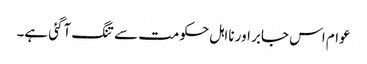
عوام اس جابر اور نااہل حکومت سے تنگ آگئی ہے۔